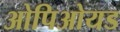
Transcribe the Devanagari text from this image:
ओपिओयड